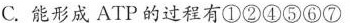
C.能形成ATP的过程有①②④⑤⑥⑦